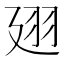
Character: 𢌟